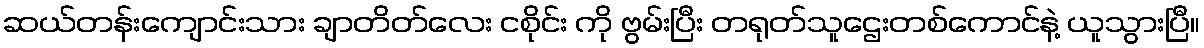
ဆယ်တန်းကျောင်းသား ချာတိတ်လေး ငစိုင်း ကို ဗွမ်းပြီး တရုတ်သူဌေးတစ်ကောင်နဲ့ ယူသွားပြီ။